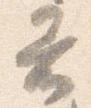
着